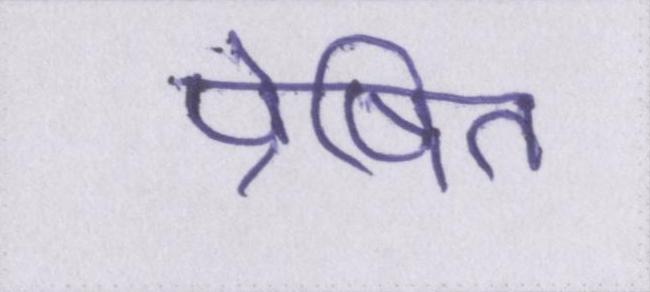
प्रेषित